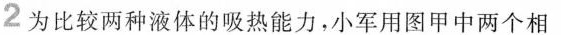
2为比较两种液体的吸热能力，小军用图甲中两个相